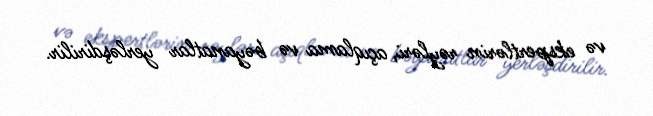
və ekspertlərin rəyləri, açıqlama və bəyanatlar yerləşdirilir.